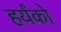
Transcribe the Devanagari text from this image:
हर्यंको